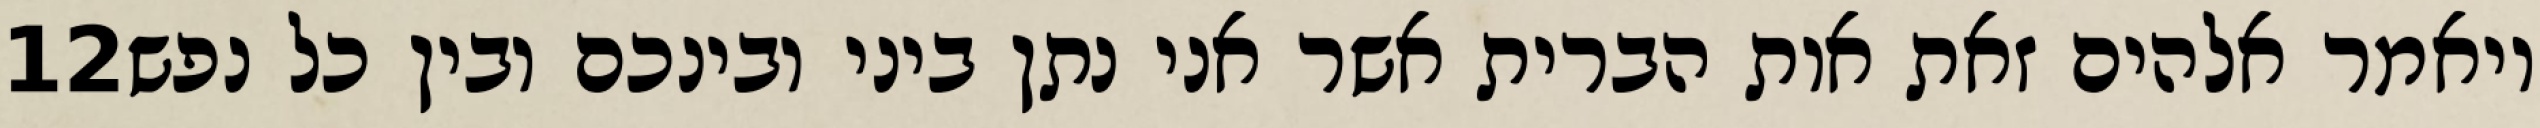
‎12‏ ויאמר אלהים זאת אות הברית אשר אני נתן ביני ובינכם ובין כל נפש